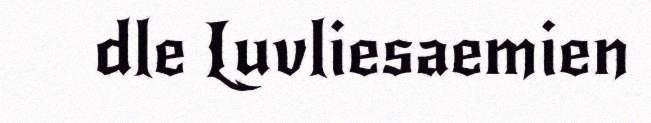
dle Luvliesaemien